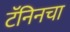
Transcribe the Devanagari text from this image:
टॅनिनचा